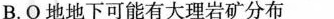
B.Q地下可能有大理岩矿分布